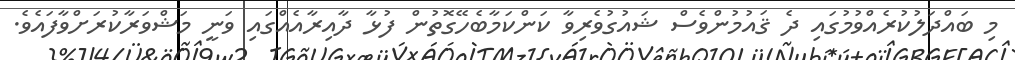
މި ބައްދަލުކުރެއްވުމުގައި ދެ ޤައުމުންވެސް ޝައުގުވެރިވާ ކަންކަމާބެހޭގޮތުން ފުޅާ ދާއިރާއެއްގައި ވަނީ މަޝްވަރާކުރަށްވާފައެވެ.